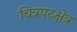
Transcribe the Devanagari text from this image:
चित्रपटक्षेत्र